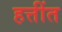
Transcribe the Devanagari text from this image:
हत्तींत